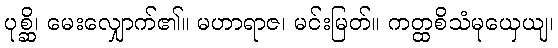
ပုစ္ဆိ၊ မေးလျှောက်၏။ မဟာရာဇ၊ မင်းမြတ်။ ကတ္ထစိသံမုယှေယျ၊